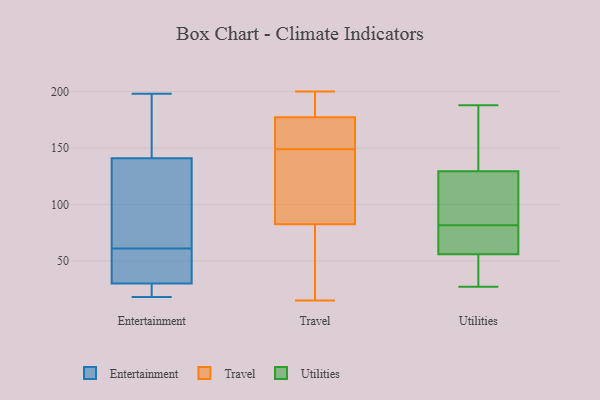
{"axis": {"x": "Waste Production (Tons)", "y": "Value"}, "legend": ["Entertainment", "Travel", "Utilities"], "data": [{"x": "", "y": 19, "type": "Entertainment"}, {"x": "", "y": 107, "type": "Entertainment"}, {"x": "", "y": 189, "type": "Entertainment"}, {"x": "", "y": 38, "type": "Entertainment"}, {"x": "", "y": 50, "type": "Entertainment"}, {"x": "", "y": 111, "type": "Entertainment"}, {"x": "", "y": 18, "type": "Entertainment"}, {"x": "", "y": 26, "type": "Entertainment"}, {"x": "", "y": 198, "type": "Entertainment"}, {"x": "", "y": 55, "type": "Entertainment"}, {"x": "", "y": 141, "type": "Entertainment"}, {"x": "", "y": 187, "type": "Entertainment"}, {"x": "", "y": 30, "type": "Entertainment"}, {"x": "", "y": 67, "type": "Entertainment"}, {"x": "", "y": 48, "type": "Travel"}, {"x": "", "y": 149, "type": "Travel"}, {"x": "", "y": 107, "type": "Travel"}, {"x": "", "y": 60, "type": "Travel"}, {"x": "", "y": 184, "type": "Travel"}, {"x": "", "y": 15, "type": "Travel"}, {"x": "", "y": 90, "type": "Travel"}, {"x": "", "y": 200, "type": "Travel"}, {"x": "", "y": 175, "type": "Travel"}, {"x": "", "y": 144, "type": "Travel"}, {"x": "", "y": 159, "type": "Travel"}, {"x": "", "y": 192, "type": "Travel"}, {"x": "", "y": 149, "type": "Travel"}, {"x": "", "y": 176, "type": "Utilities"}, {"x": "", "y": 27, "type": "Utilities"}, {"x": "", "y": 52, "type": "Utilities"}, {"x": "", "y": 76, "type": "Utilities"}, {"x": "", "y": 103, "type": "Utilities"}, {"x": "", "y": 60, "type": "Utilities"}, {"x": "", "y": 77, "type": "Utilities"}, {"x": "", "y": 86, "type": "Utilities"}, {"x": "", "y": 37, "type": "Utilities"}, {"x": "", "y": 33, "type": "Utilities"}, {"x": "", "y": 136, "type": "Utilities"}, {"x": "", "y": 131, "type": "Utilities"}, {"x": "", "y": 76, "type": "Utilities"}, {"x": "", "y": 34, "type": "Utilities"}, {"x": "", "y": 141, "type": "Utilities"}, {"x": "", "y": 126, "type": "Utilities"}, {"x": "", "y": 188, "type": "Utilities"}, {"x": "", "y": 92, "type": "Utilities"}, {"x": "", "y": 128, "type": "Utilities"}, {"x": "", "y": 77, "type": "Utilities"}]}